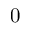
0